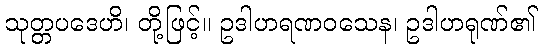
သုတ္တပဒေဟိ၊ တို့ဖြင့်။ ဥဒါဟရဏဝသေန၊ ဥဒါဟရုဏ်၏